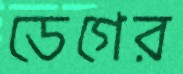
ডেগের